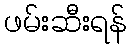
ဖမ်းဆီးရန်